Report on malaria in the Punjab during the year ...  together with an account of the work of the Punjab Malaria Bureau - Volume 1
Disease focus: Malaria
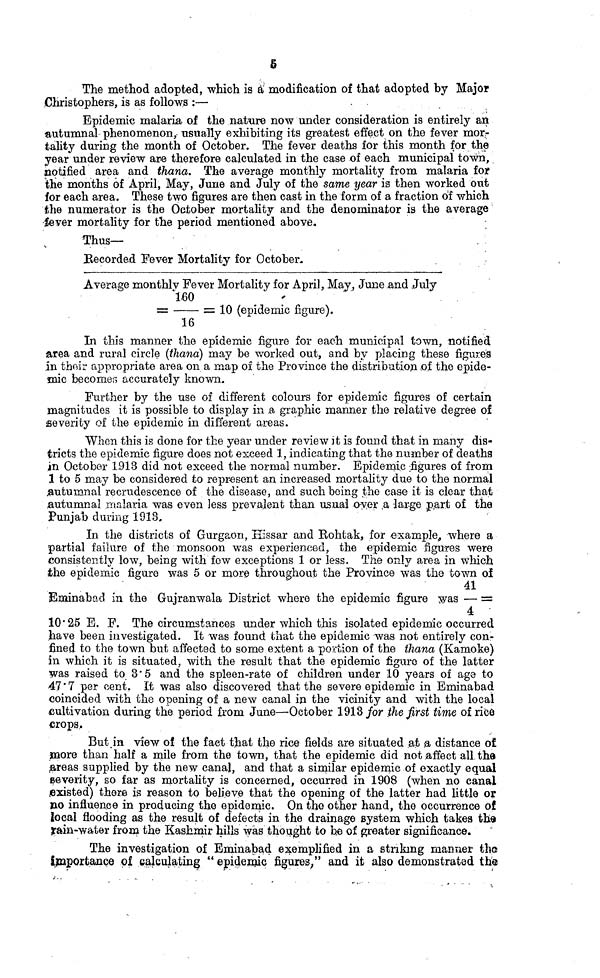
5
The method adopted, which is a modification of that adopted by Major
Christophers, is as follows :—
Epidemic malaria of the nature now under consideration is entirely an
autumnal phenomenon, usually exhibiting its greatest effect on the fever mor-
tality during the month of October. The fever deaths for this month for the
year under review are therefore calculated in the case of each municipal town,
notified area and thana. The average monthly mortality from malaria for
the months of April, May, June and July of the same year is then worked out
for each area. These two figures are then cast in the form of a fraction of which
the numerator is the October mortality and the denominator is the average
fever mortality for the period mentioned above.
Thus—
Recorded Fever Mortality for October.
Average monthly Fever Mortality for April, May, June and July
160
=
= 10 (epidemic figure).
16
In this manner the epidemic figure for each municipal town, notified
area and rural circle (thana) may be worked out, and by placing these figure's
in their appropriate area on a map of the Province the distribution of the epide-
mic becomes accurately known.
Further by the use of different colours for epidemic figures of certain
magnitudes it is possible to display in a graphic manner the relative degree of
severity of the epidemic in different areas.
When this is done for the year under review it is found that in many dis-
tricts the epidemic figure does not exceed 1, indicating that the number of deaths
in October 1.913 did not exceed the normal number. Epidemic figures of from
1 to 5 may be considered to represent an increased mortality due to the normal
autumnal recrudescence of the disease, and such being the case it is clear that
autumnal malaria was even less prevalent than usual over a large part of the
Punjab during 1918,
In the districts of Gurgaon, Hissar and Rohtak, for example, where a
partial failure of the monsoon was experienced, the epidemic figures were
consistently low, being with few exceptions 1 or less. The only area in which
the epidemic figure was 5 or more throughout the Province was the town oí
41
Eminabad in the Gujranwala District where the epidemic figure was — =
4
10.25 E. F. The circumstances under which this isolated epidemic occurred
have been investigated. It was found that the epidemic was not entirely con-
fined to the town but affected to some extent a portion of the thana (Kamoke)
in which it is situated, with the result that the epidemic figuro of the latter
was raised to 3.5 and the spleen-rate of children under 10 years of age to
47 '7 per cent. It was also discovered that the severe epidemic in Eminabad.
coincided with the opening of a new canal in the vicinity and with the local
cultivation during the period from June—October 1913 for the first time of rice
crops.
But in view of the fact that the rice fields are situated at ¡a distance of
more than half a mile from the town, that the epidemic did not affect all the
areas supplied by the new canal, and that a similar epidemic of exactly equal
severity, so far as mortality is concerned, occurred in 1908 (when no canal
existed) there is reason to believe that the opening of the latter had little or
no influence in producing the epidemic. On the other hand, the occurrence of
local flooding as the result of defects in the drainage system which takes the
rain-water from the Kashmir hills was thought to he of greater significance.
The investigation of Eminabad exemplified in a striking manner the
importance of calculating " epidemic figures," and it also demonstrated the